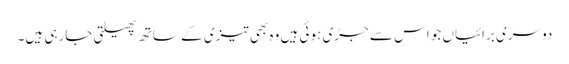
دوسری برائیاں جو اس سے جڑی ہوئی ہیں وہ بھی تیزی کے ساتھ پھیلتی جارہی ہیں۔